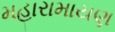
મહારામાયણ